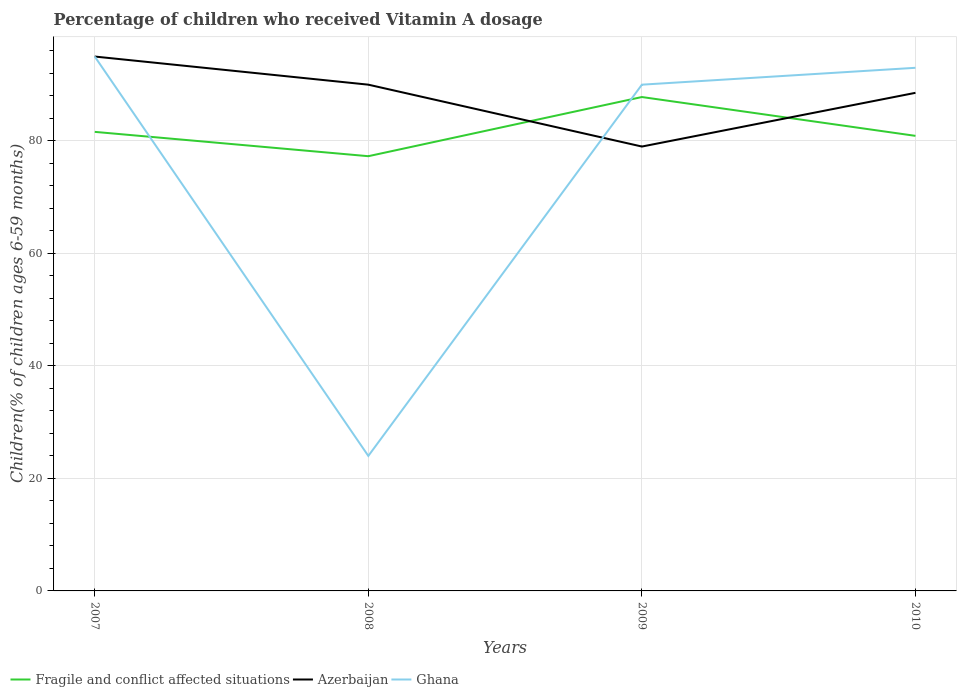
| Years | Fragile and conflict affected situations | Azerbaijan | Ghana |
 | --- | --- | --- | --- |
 | 2007 | 81.6 | 95 | 95 |
 | 2008 | 77.3 | 90 | 24 |
 | 2009 | 87.8 | 79 | 90 |
 | 2010 | 80.9 | 88.5 | 93 |